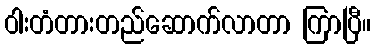
ဝါးတံတားတည်ဆောက်လာတာ ကြာပြီ။